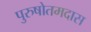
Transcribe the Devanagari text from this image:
पुरुषोतमदास